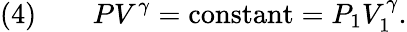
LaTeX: {\mathrm{(4)}}\qquad PV^{\gamma}={\mathrm{constant}}=P_{1}V_{1}^{\gamma}.